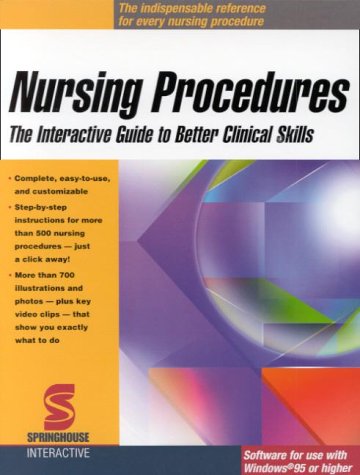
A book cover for Nursing Procedures: The Interactive Guide to Better Clinical Skills (CD-ROM for Windows); Springhouse; Medical Books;